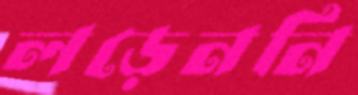
লড়েননি